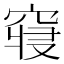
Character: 𱷊